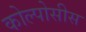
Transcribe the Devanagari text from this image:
कोल्पोसीस